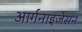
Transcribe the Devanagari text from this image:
आर्गनाइजेसन